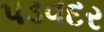
પડવદર